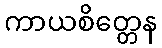
ကာယစိတ္တေန